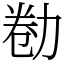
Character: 勌